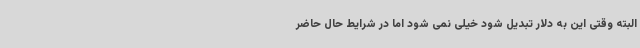
البته وقتی این به دلار تبدیل شود خیلی نمی شود اما در شرایط حال حاضر